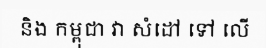
និង កម្ពុជា វា សំដៅ ទៅ លើ